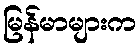
မြန်မာများက